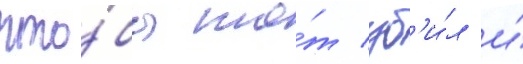
что́бы то́т уб'и́л и́